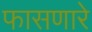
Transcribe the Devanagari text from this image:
फासणारे